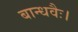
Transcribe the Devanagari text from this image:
बान्धवैः।